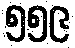
၅၅၉